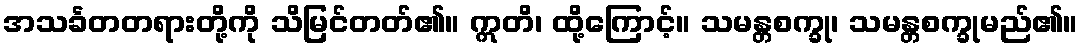
အသင်္ခတတရားတို့ကို သိမြင်တတ်၏။ ဣတိ၊ ထို့ကြောင့်။ သမန္တစက္ခု၊ သမန္တစက္ခုမည်၏။